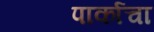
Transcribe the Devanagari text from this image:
पार्काचा